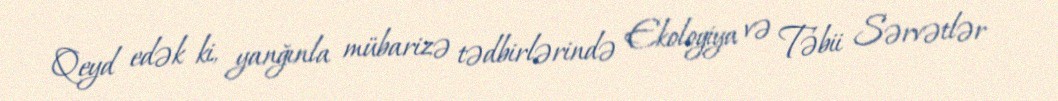
Qeyd edək ki, yanğınla mübarizə tədbirlərində Ekologiya və Təbii Sərvətlər